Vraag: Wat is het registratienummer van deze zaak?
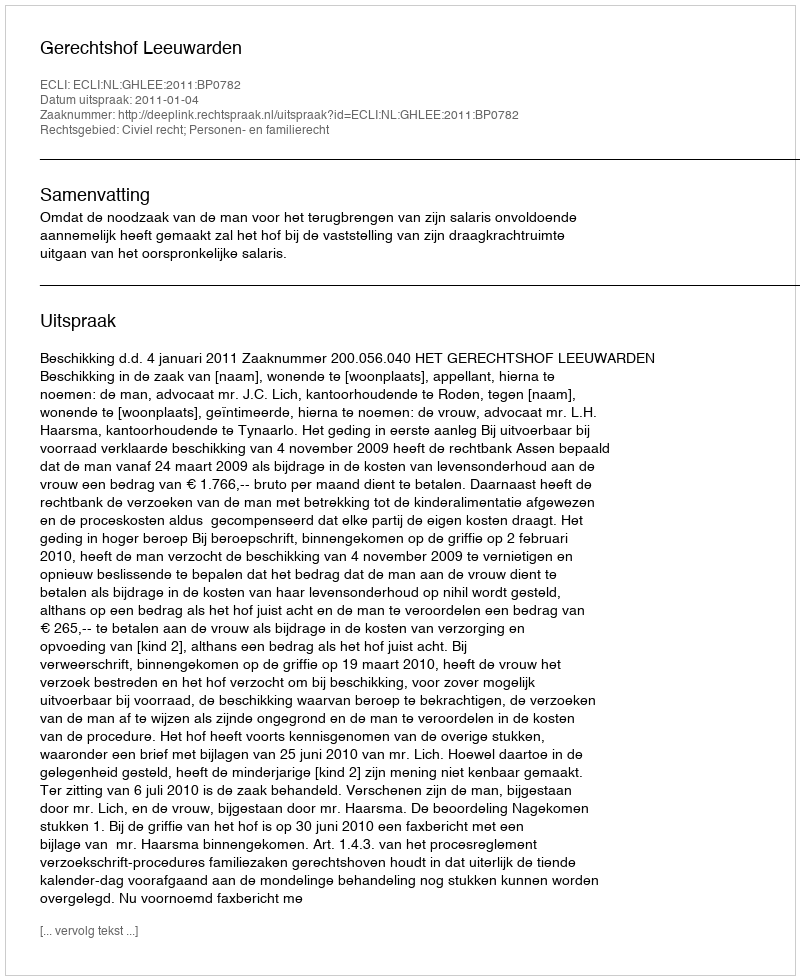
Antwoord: http://deeplink.rechtspraak.nl/uitspraak?id=ECLI:NL:GHLEE:2011:BP0782